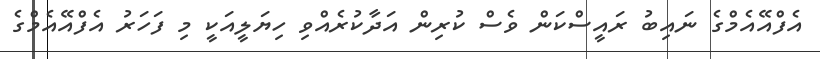
އެފްއޭއެމްގެ ނައިބު ރައީސްކަން ވެސް ކުރިން އަދާކުރެއްވި ހިޔަލީއަކީ މި ފަހަރު އެފްއޭއެމްގެ